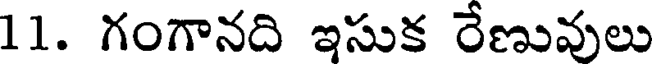
11. గంగానది ఇసుక రేణువులు